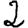
Digit: 2